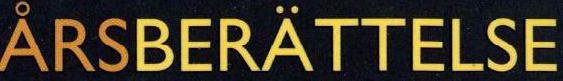
ÅRSBERÄTTELSE